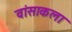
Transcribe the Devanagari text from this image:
वांसाकला